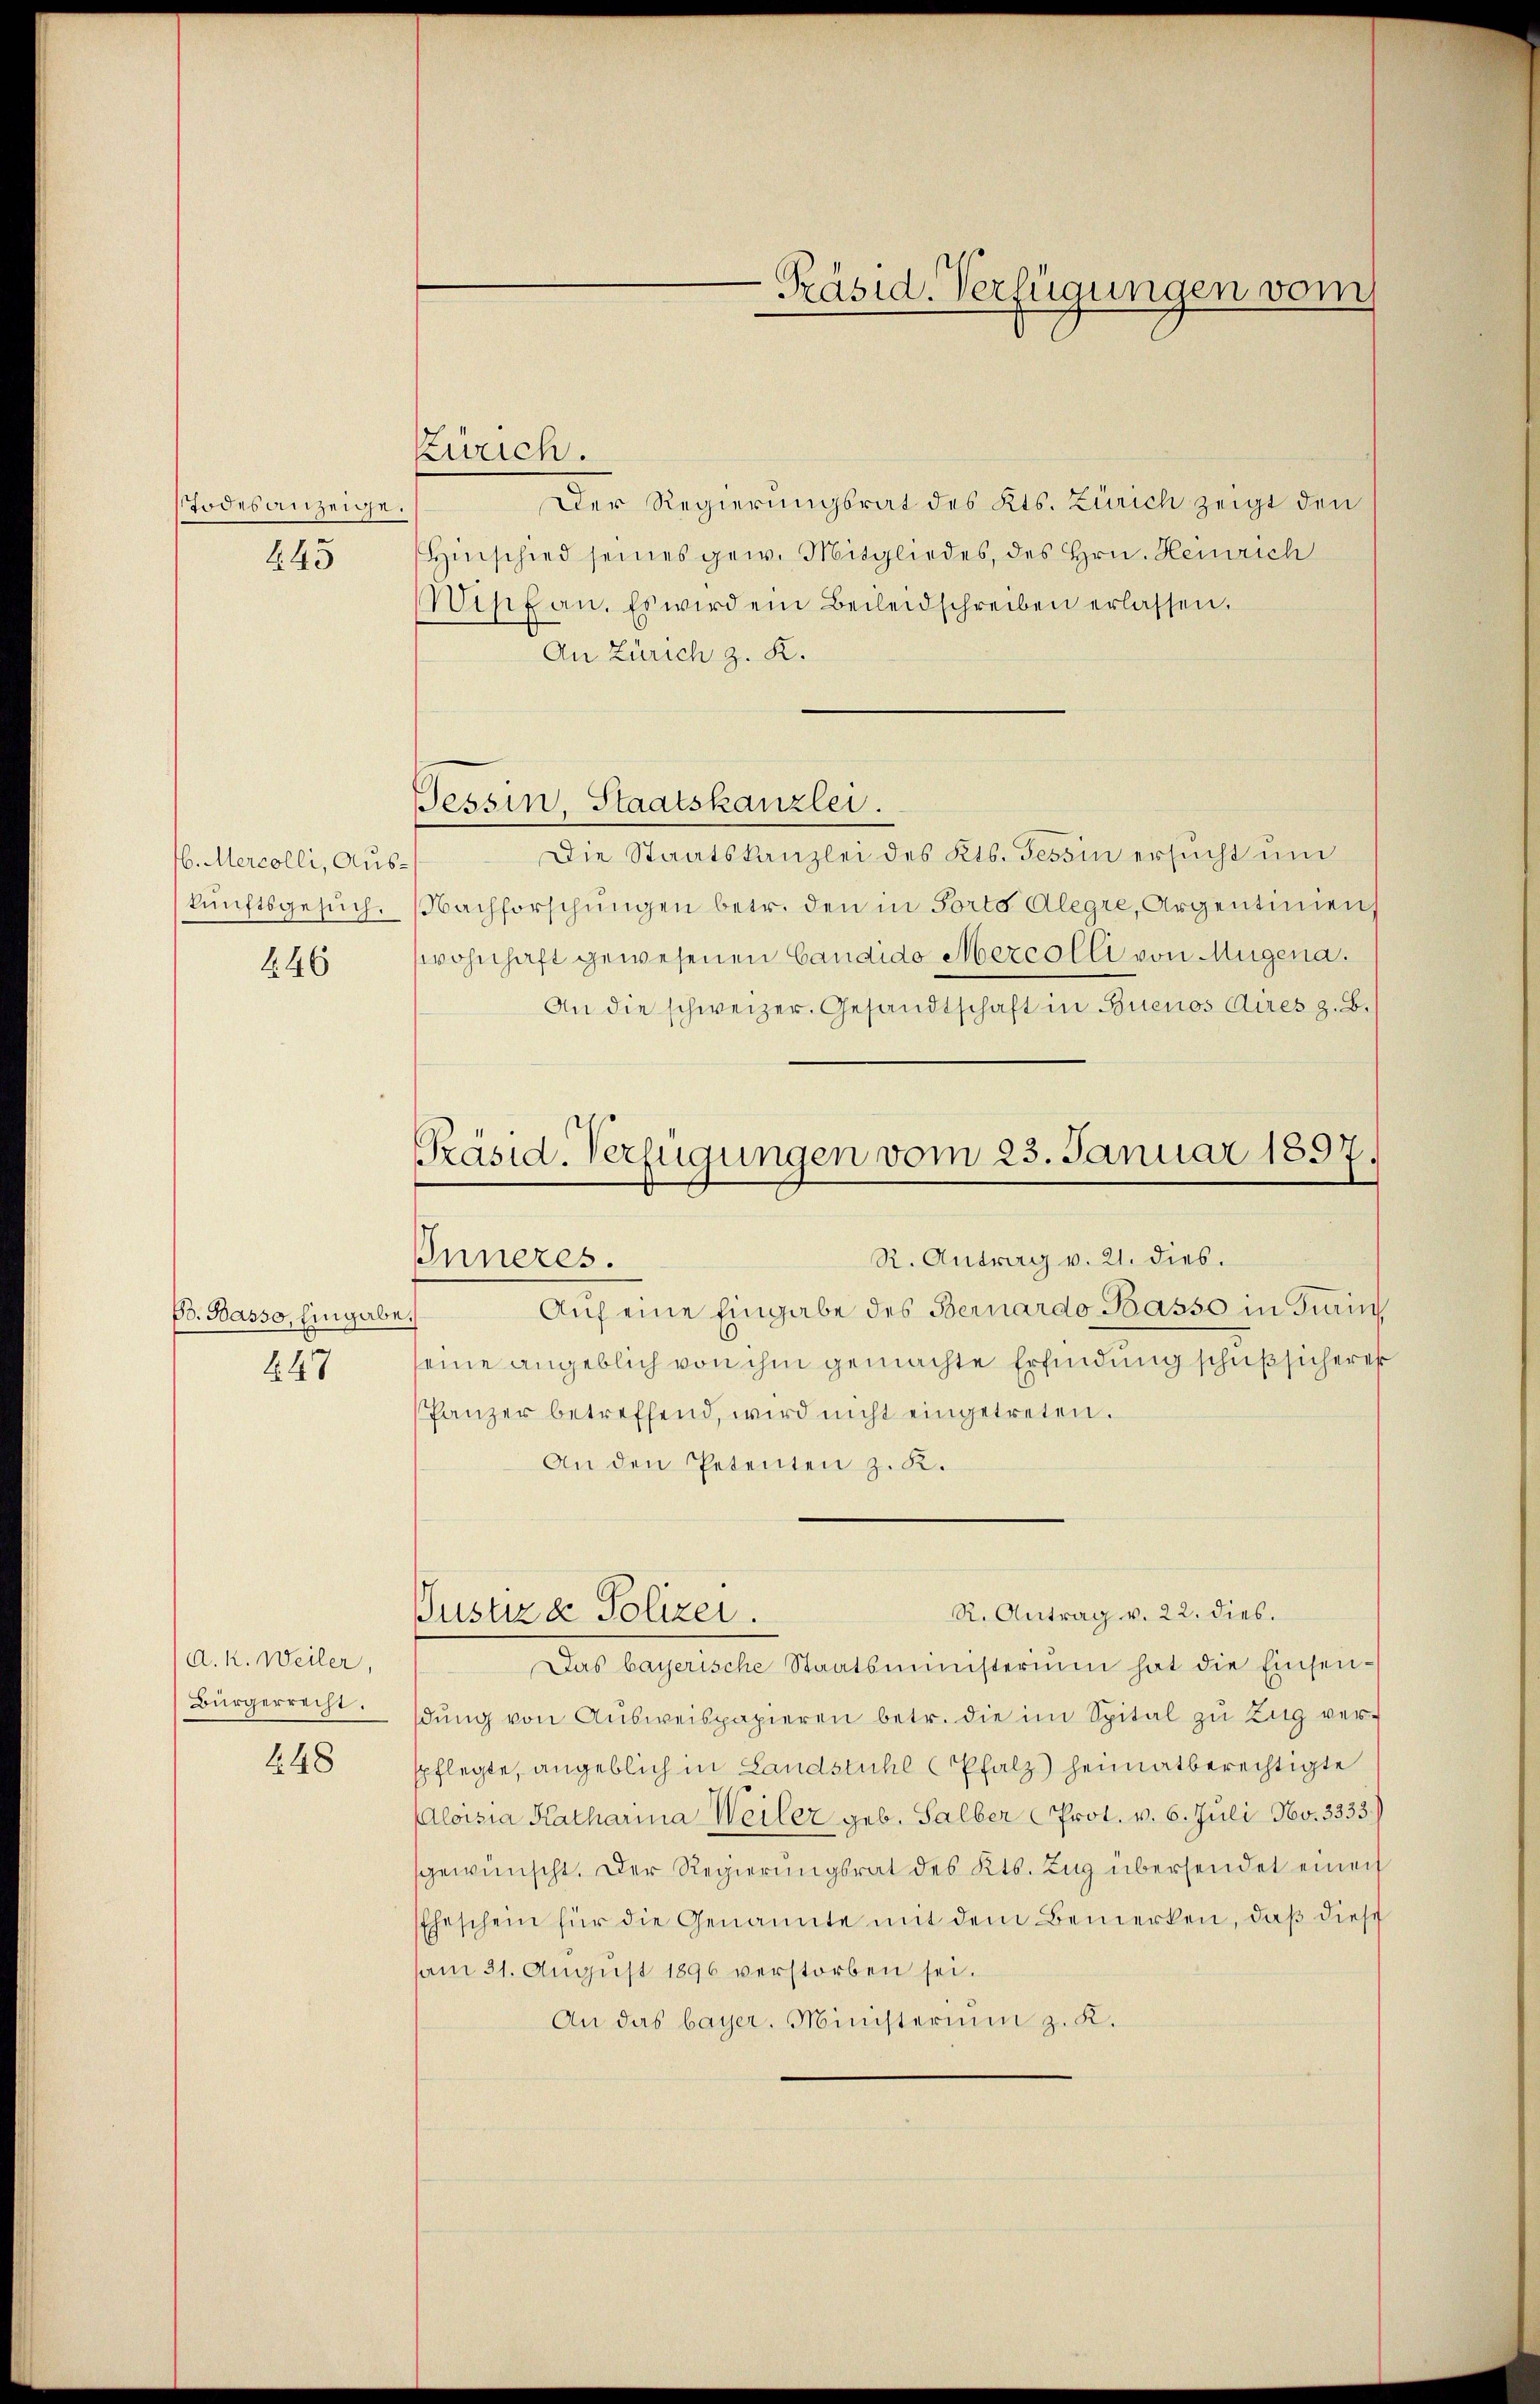
Todesanzeige.

445

16. Mercolli, Auskunftsgesuch.

446

B. Basso, Eingabe
447

d. k. Weiler,
Bürgerrecht.

148

Zürich.

Der Regierungsrat des Kts. Zürich zeigt den
Hinschied seines gew. Mitgliedes, des Hrn. Heinrich
Wipf an. Es wird ein Beileidschreiben erlassen.
An Zürich z. K.
Tessin, Staatskanzlei.
Die Staatskanzlei des Kts. Tessin ersucht und
NNachforschungen betr. den in Porto Alegre, Argentinien
wohnhaft gewesenen Candido Mercolli von Mügend.
An die schweizer. Gesandtschaft in Buenos Aires z. B.

Präsid. Verfügungen vom 23. Januar 1897
R. Antrag v. 21. dies.
Inneres.

Justiz & Polizei.

Präsid. Verfügungen vom

Auf eine Eingabe des Bernardo Basso in Turin
seine angeblich von ihm gemachte Erfindung schuß sicherer
Panzer betreffend, wird nicht eingetreten.
An den Petenten z. K.
R. Antrag v. 22. dies.
Das bayerische Staatsministerium hat die Einsen-
dŭng von Aŭsweispapieren betr. die im Spital zu Zug ver-
spflegte, angeblich in Landstuhl (Pfalz) heimatberechtigte
Aloisia Katharina Weiler geb. Salber Prot. v. 6. Juli Nov. 3333.)
gewünscht. Der Regierungsrat des Kts. Zŭg übersendet einen
Eheschein für die Genannte mit dem Bemerken, daß diese
am 31. Aŭgŭst 1896 verstorben sei.
An das bayer. Ministerium z. K.